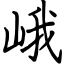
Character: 峨